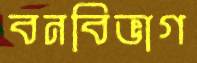
বনবিভাগ